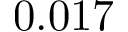
0 . 0 1 7